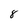
Character: 8